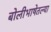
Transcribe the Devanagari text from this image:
बोलीभाषेतल्या